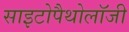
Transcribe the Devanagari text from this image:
साइटोपैथोलॉजी